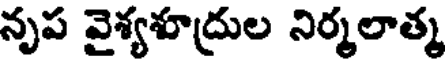
నృప వైశ్యశూద్రుల నిర్మలాత్మ